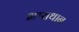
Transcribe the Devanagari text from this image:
भाराथान